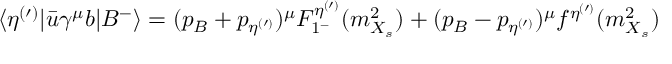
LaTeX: \langle \eta ^ { ( \prime ) } | \bar { u } \gamma ^ { \mu } b | B ^ { - } \rangle = ( p _ { B } + p _ { \eta ^ { ( \prime ) } } ) ^ { \mu } F _ { 1 ^ { - } } ^ { \eta ^ { ( \prime ) } } ( m _ { X _ { s } } ^ { 2 } ) + ( p _ { B } - p _ { \eta ^ { ( \prime ) } } ) ^ { \mu } f ^ { \eta ^ { ( \prime ) } } ( m _ { X _ { s } } ^ { 2 } )